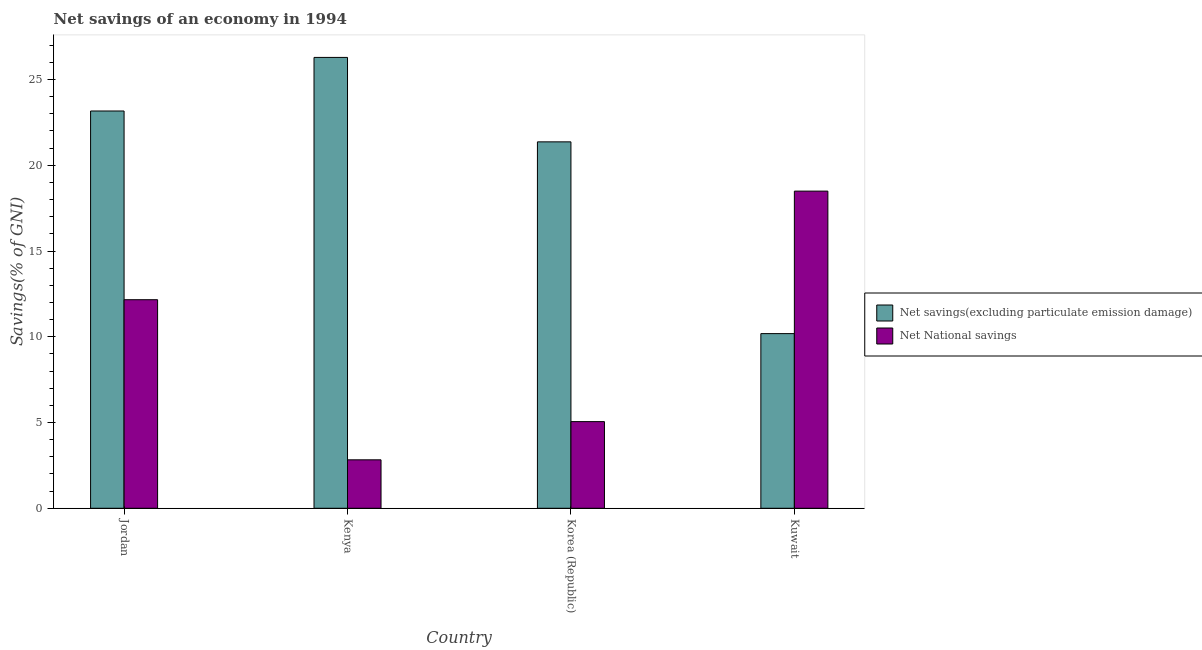
| Country | Net savings(excluding particulate emission damage) | Net National savings |
 | --- | --- | --- |
 | Jordan | 23.2 | 12.2 |
 | Kenya | 26.3 | 2.82 |
 | Korea (Republic) | 21.4 | 5.05 |
 | Kuwait | 10.2 | 18.5 |